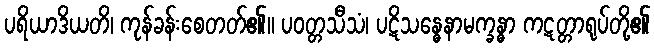
ပရိယာဒိယတိ၊ ကုန်ခန်းစေတတ်၏။ ပဝတ္တသီသံ၊ ပဋိသန္ဓေနာမက္ခန္ဓာ ကဋတ္တာရုပ်တို့၏